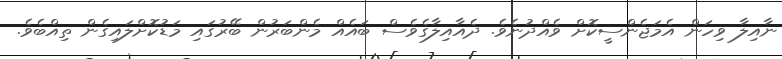
ނާއިލާ ވިހަން އެމަޖެންސީކޮށް ވެއްދުނެވެ. ދެއާއިލާގެވެސް ބައެއް މެންބަރުން ބޭރުގައި މަޑުކޮށްލައިގެން ތިއްބެވެ.